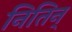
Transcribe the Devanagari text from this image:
नितिन्